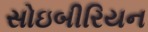
સોઇબીરિયન